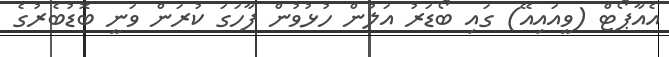
އެއާޕޯޓް (ވީއައިއޭ) ގައި ބޯޑަރު އަލުން ހުޅުވުން ފާހަގަ ކުރަން ވަނީ ބޮޑުބެރުގެ